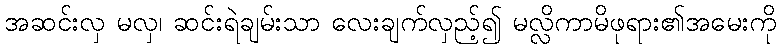
အဆင်းလှ မလှ၊ ဆင်းရဲချမ်းသာ လေးချက်လှည့်၍ မလ္လိကာမိဖုရား၏အမေးကို